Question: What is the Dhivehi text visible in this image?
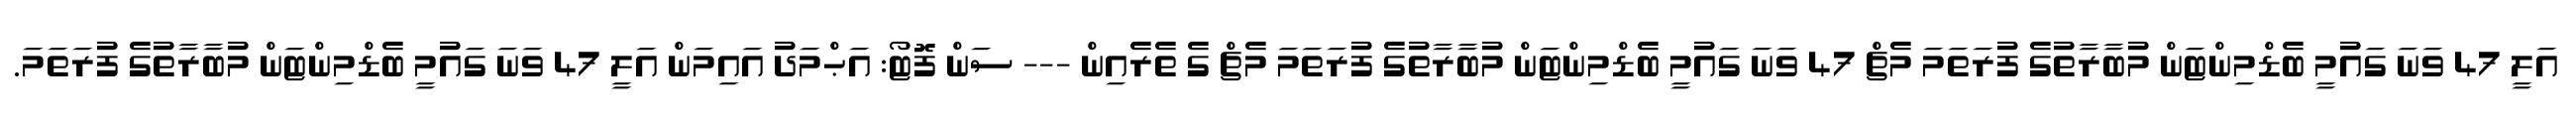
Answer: އަލީ 47 ވަނަ ގައުމީ ބެޑްމިންޓަން މުބާރާތުގެ ފުރަތަމަ މެޗް 47 ވަނަ ގައުމީ ބެޑްމިންޓަން މުބާރާތުގެ ފުރަތަމަ މެޗް ގެ ތެރެއިން --- ސަން ފޮޓޯ: އަޙްމަދު އައިމަން އަލީ 47 ވަނަ ގައުމީ ބެޑްމިންޓަން މުބާރާތުގެ ފުރަތަމަ.